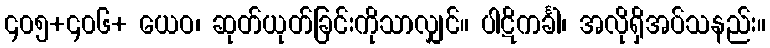
၄၀၅+၄၀၆+ ယေဝ၊ ဆုတ်ယုတ်ခြင်းကိုသာလျှင်။ ပါဋိကင်္ခါ၊ အလိုရှိအပ်သနည်း။